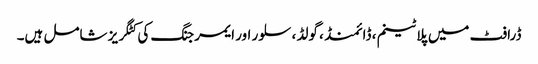
ڈرافٹ میں پلاٹینم ، ڈائمنڈ ، گولڈ ، سلور اور ایمرجنگ کی کٹگریز شامل ہیں۔